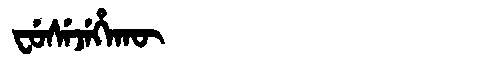
Manchu: ᠸᡠᠰᡝᠵᡝᡥᠠᡴᡡ
Romanization: FUSEJEHAKŪ